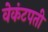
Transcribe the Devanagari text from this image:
वेकंटपती